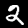
Label: 2